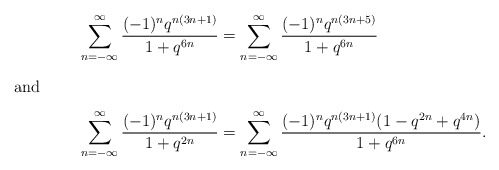
\begin{align*}\sum_{n=-\infty}^\infty \frac{(-1)^nq^{n(3n+1)}}{1+q^{6n}}&=\sum_{n=-\infty}^\infty \frac{(-1)^nq^{n(3n+5)}}{1+q^{6n}}\intertext{and}\sum_{n=-\infty}^\infty \frac{(-1)^nq^{n(3n+1)}}{1+q^{2n}}&=\sum_{n=-\infty}^\infty \frac{(-1)^nq^{n(3n+1)}(1-q^{2n}+q^{4n})}{1+q^{6n}}.\end{align*}